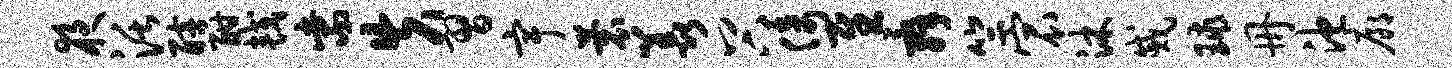
夜活醅酣较紫失习宇蓑羡谷倚慰舜竺宸沐戚球册池廊